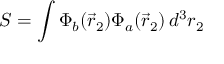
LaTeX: S = \int \Phi _ { b } ( { \vec { r } } _ { 2 } ) \Phi _ { a } ( { \vec { r } } _ { 2 } ) \, d ^ { 3 } r _ { 2 }